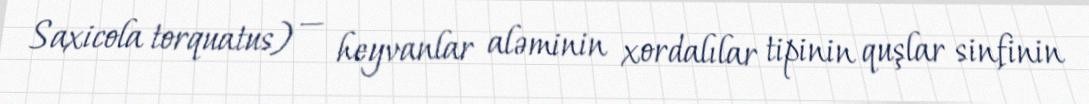
Saxicola torquatus) — heyvanlar aləminin xordalılar tipinin quşlar sinfinin